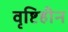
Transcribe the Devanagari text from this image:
वृष्टिहीन